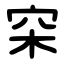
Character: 穼